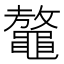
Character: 𪓴